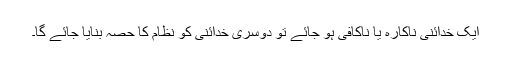
ایک خدائنی ناکارہ یا ناکافی ہو جائے تو دوسری خدائنی کو نظام کا حصہ بنایا جائے گا۔